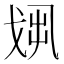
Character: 𢦻